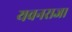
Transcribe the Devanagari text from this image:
यवनराजा